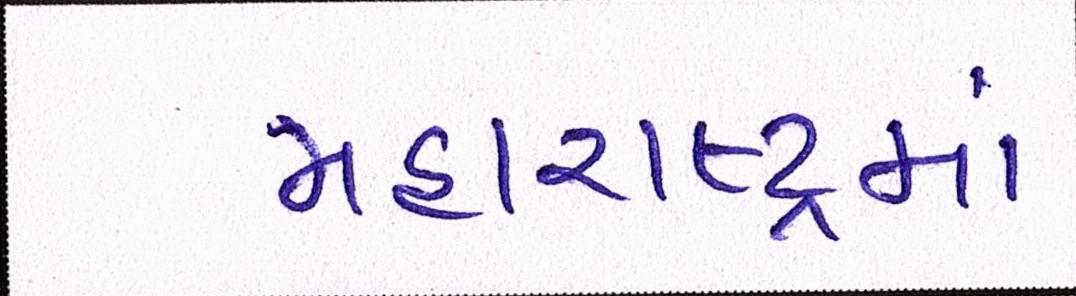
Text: મહારાષ્ટ્રમાં